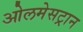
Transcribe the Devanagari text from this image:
ओलमेसट्रान